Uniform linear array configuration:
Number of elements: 8
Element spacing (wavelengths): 0.5
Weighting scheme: uniform
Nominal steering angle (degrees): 15
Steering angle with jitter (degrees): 15.953
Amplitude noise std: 0.05
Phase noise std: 0.05

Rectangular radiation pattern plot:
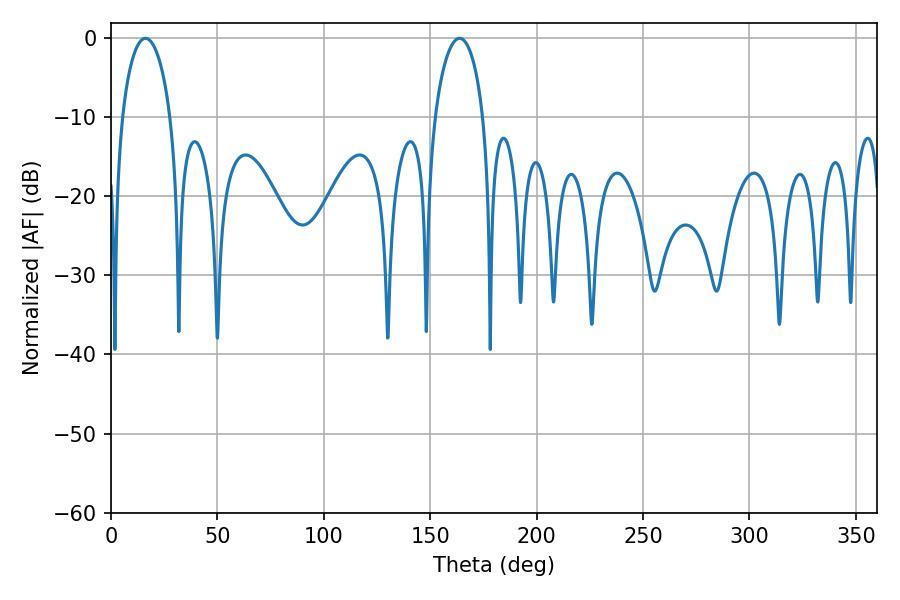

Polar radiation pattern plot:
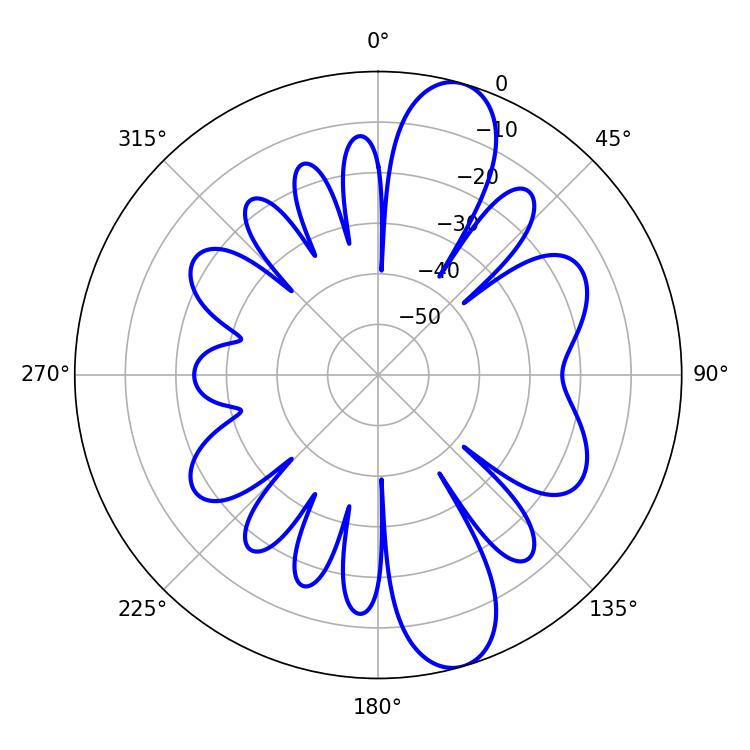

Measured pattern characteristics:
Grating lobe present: FALSE
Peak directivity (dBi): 11.349
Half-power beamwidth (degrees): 13.14
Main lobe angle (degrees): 16.2